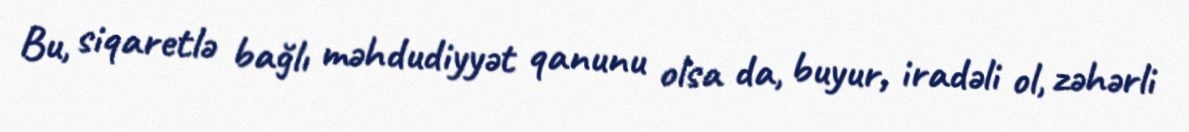
Bu, siqaretlə bağlı məhdudiyyət qanunu olsa da, buyur, iradəli ol, zəhərli